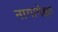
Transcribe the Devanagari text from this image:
नागापेक्षा